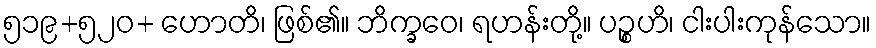
၅၁၉+၅၂၀+ ဟောတိ၊ ဖြစ်၏။ ဘိက္ခဝေ၊ ရဟန်းတို့။ ပဉ္စဟိ၊ ငါးပါးကုန်သော။